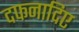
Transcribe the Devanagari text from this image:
दफनादिए